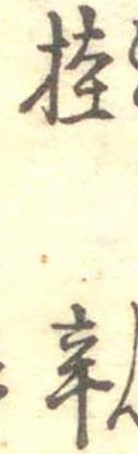
桂辛